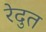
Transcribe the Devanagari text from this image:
रेदुत